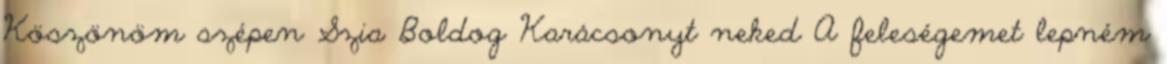
Köszönöm szépen Szia Boldog Karácsonyt neked A feleségemet lepném